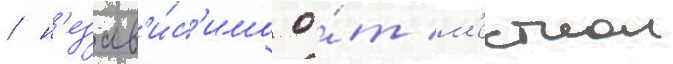
/ н'езав'и́с'имо о́т м'естнои